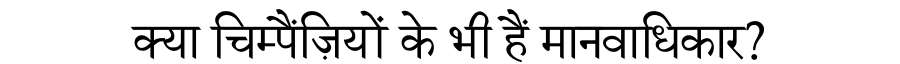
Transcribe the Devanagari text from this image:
क्या चिम्पैंज़ियों के भी हैं मानवाधिकार?